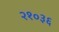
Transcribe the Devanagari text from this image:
२१०३६